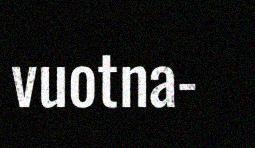
vuotna-